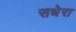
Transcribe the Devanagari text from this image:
सधेरा